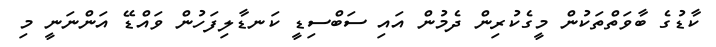
ކާޑުގެ ބާވަތްތަކުން މީގެކުރިން ދެމުން އައި ސަބްސިޑީ ކަނޑާލިފަހުން ވައްޑޭ އަންނަނީ މި